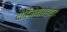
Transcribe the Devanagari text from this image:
दौहित्रोवासहोदरः